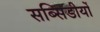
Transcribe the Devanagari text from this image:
सब्सिडीयों